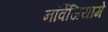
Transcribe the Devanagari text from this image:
नॉर्वेजियामे